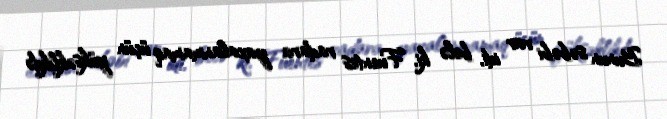
Bunun səbəbi var idi, belə ki, Fuentes radara yaxalanmamaq üçün yüksəklikdə